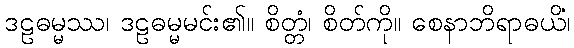
ဒဠဓမ္မဿ၊ ဒဠဓမ္မမင်း၏။ စိတ္တံ၊ စိတ်ကို။ စေနာဘိရာဓယိံ၊